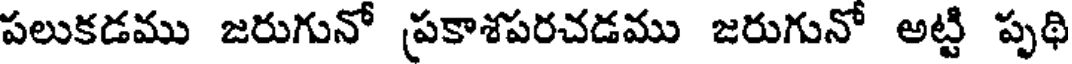
పలుకడము జరుగునో ప్రకాశపరచడము జరుగునో అట్టి పృథి